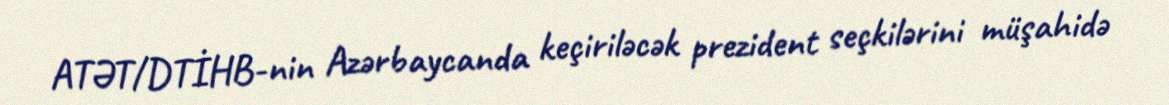
ATƏT/DTİHB-nin Azərbaycanda keçiriləcək prezident seçkilərini müşahidə